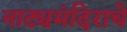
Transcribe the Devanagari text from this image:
नाट्यमंदिराचे